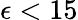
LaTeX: \epsilon<15